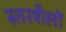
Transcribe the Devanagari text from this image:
स्तरशैलों